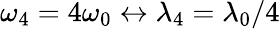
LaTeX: \omega_{4}=4\omega_{0}\leftrightarrow\lambda_{4}=\lambda_{0}/4